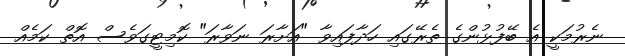
ނެރުމަކީ އެ ބޭފުޅުންގެ ތެރޭގައި ހަދާފައިވާ "އަށާރަ ނަވާރަ" ކޮމިޓީގަވެސް އޮތް ކަމެއް